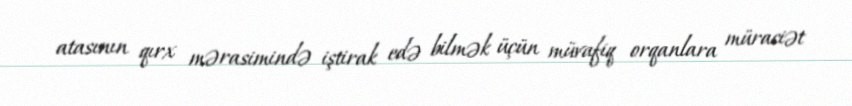
atasının qırx mərasimində iştirak edə bilmək üçün müvafiq orqanlara müraciət